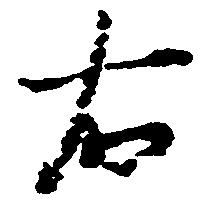
右